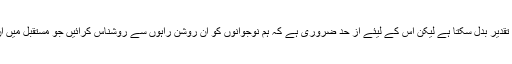
اس نادر ونایاب اثاثہ کا درست استعمال ہمارے ملک کی تقدیر بدل سکتا ہے لیکن اس کے لیئے از حد ضروری ہے کہ ہم نوجوانوں کو اُن روشن راہوں سے روشناس کرائیں جو مستقبل میں اُن کی ترقی کے لیئے معاون و مددگار ثابت ہوسکتی ہیں۔